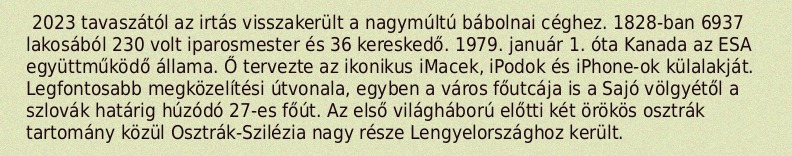
2023 tavaszától az irtás visszakerült a nagymúltú bábolnai céghez. 1828-ban 6937 lakosából 230 volt iparosmester és 36 kereskedő. 1979. január 1. óta Kanada az ESA együttműködő állama. Ő tervezte az ikonikus iMacek, iPodok és iPhone-ok külalakját. Legfontosabb megközelítési útvonala, egyben a város főutcája is a Sajó völgyétől a szlovák határig húzódó 27-es főút. Az első világháború előtti két örökös osztrák tartomány közül Osztrák-Szilézia nagy része Lengyelországhoz került.